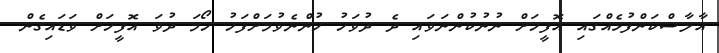
އާލާސްކަންފުޅެއްގައި އޮފީހަށް ނުނުކުންނަވައި ދެ ދުވަހު ހުންނެވުމަށްފަހު ހޯމަ ދުވަ އޮފީހަށް ވަޑައިގެން